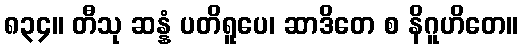
၈၃၄။ တီသု ဆန္နံ ပတိရူပေ၊ ဆာဒိတေ စ နိဂူဟိတေ။